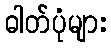
ဓါတ်ပုံများ